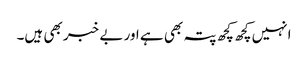
انہیں کچھ کچھ پتہ بھی ہے اور بے خبر بھی ہیں۔